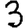
Digit: 3